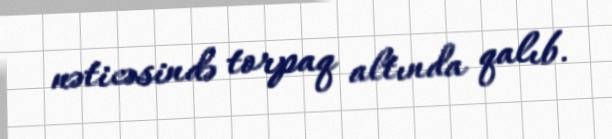
nəticəsində torpaq altında qalıb.